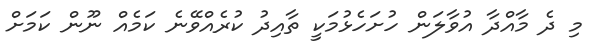
މި ދެ މާއްދާ އުވާލަން ހުށަހެޅުމަކީ ތާއިދު ކުރެއްވޭނެ ކަމެއް ނޫން ކަމަށް